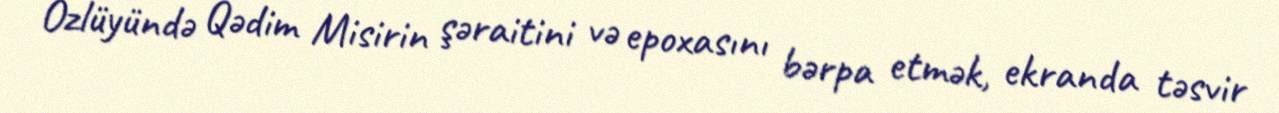
Özlüyündə Qədim Misirin şəraitini və epoxasını bərpa etmək, ekranda təsvir